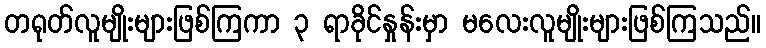
တရုတ်လူမျိုးများဖြစ်ကြကာ ၃ ရာခိုင်နှုန်းမှာ မလေးလူမျိုးများဖြစ်ကြသည်။